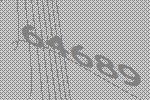
64689